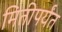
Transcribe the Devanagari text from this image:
मितीपर्यंत